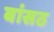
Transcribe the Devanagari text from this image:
बांसठ